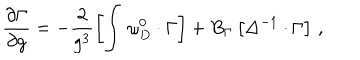
\frac { \partial \Gamma } { \partial g } = - \frac 2 { g ^ { 3 } } \left[ \int \, \omega _ { D } ^ { 0 } \cdot \Gamma \right] + B _ { \Gamma } \left[ \Delta ^ { - 1 } \cdot \Gamma \right] \, ,